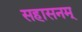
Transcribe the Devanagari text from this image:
सहासनम्